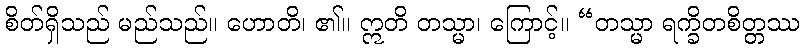
စိတ်ရှိသည် မည်သည်။ ဟောတိ၊ ၏။ ဣတိ တသ္မာ၊ ကြောင့်။ “တသ္မာ ရက္ခိတစိတ္တဿ